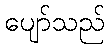
ပျော်သည်